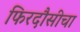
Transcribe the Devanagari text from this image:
फिरदौसीचा